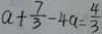
a + \frac { 7 } { 3 } - 4 a = \frac { 4 } { 3 }